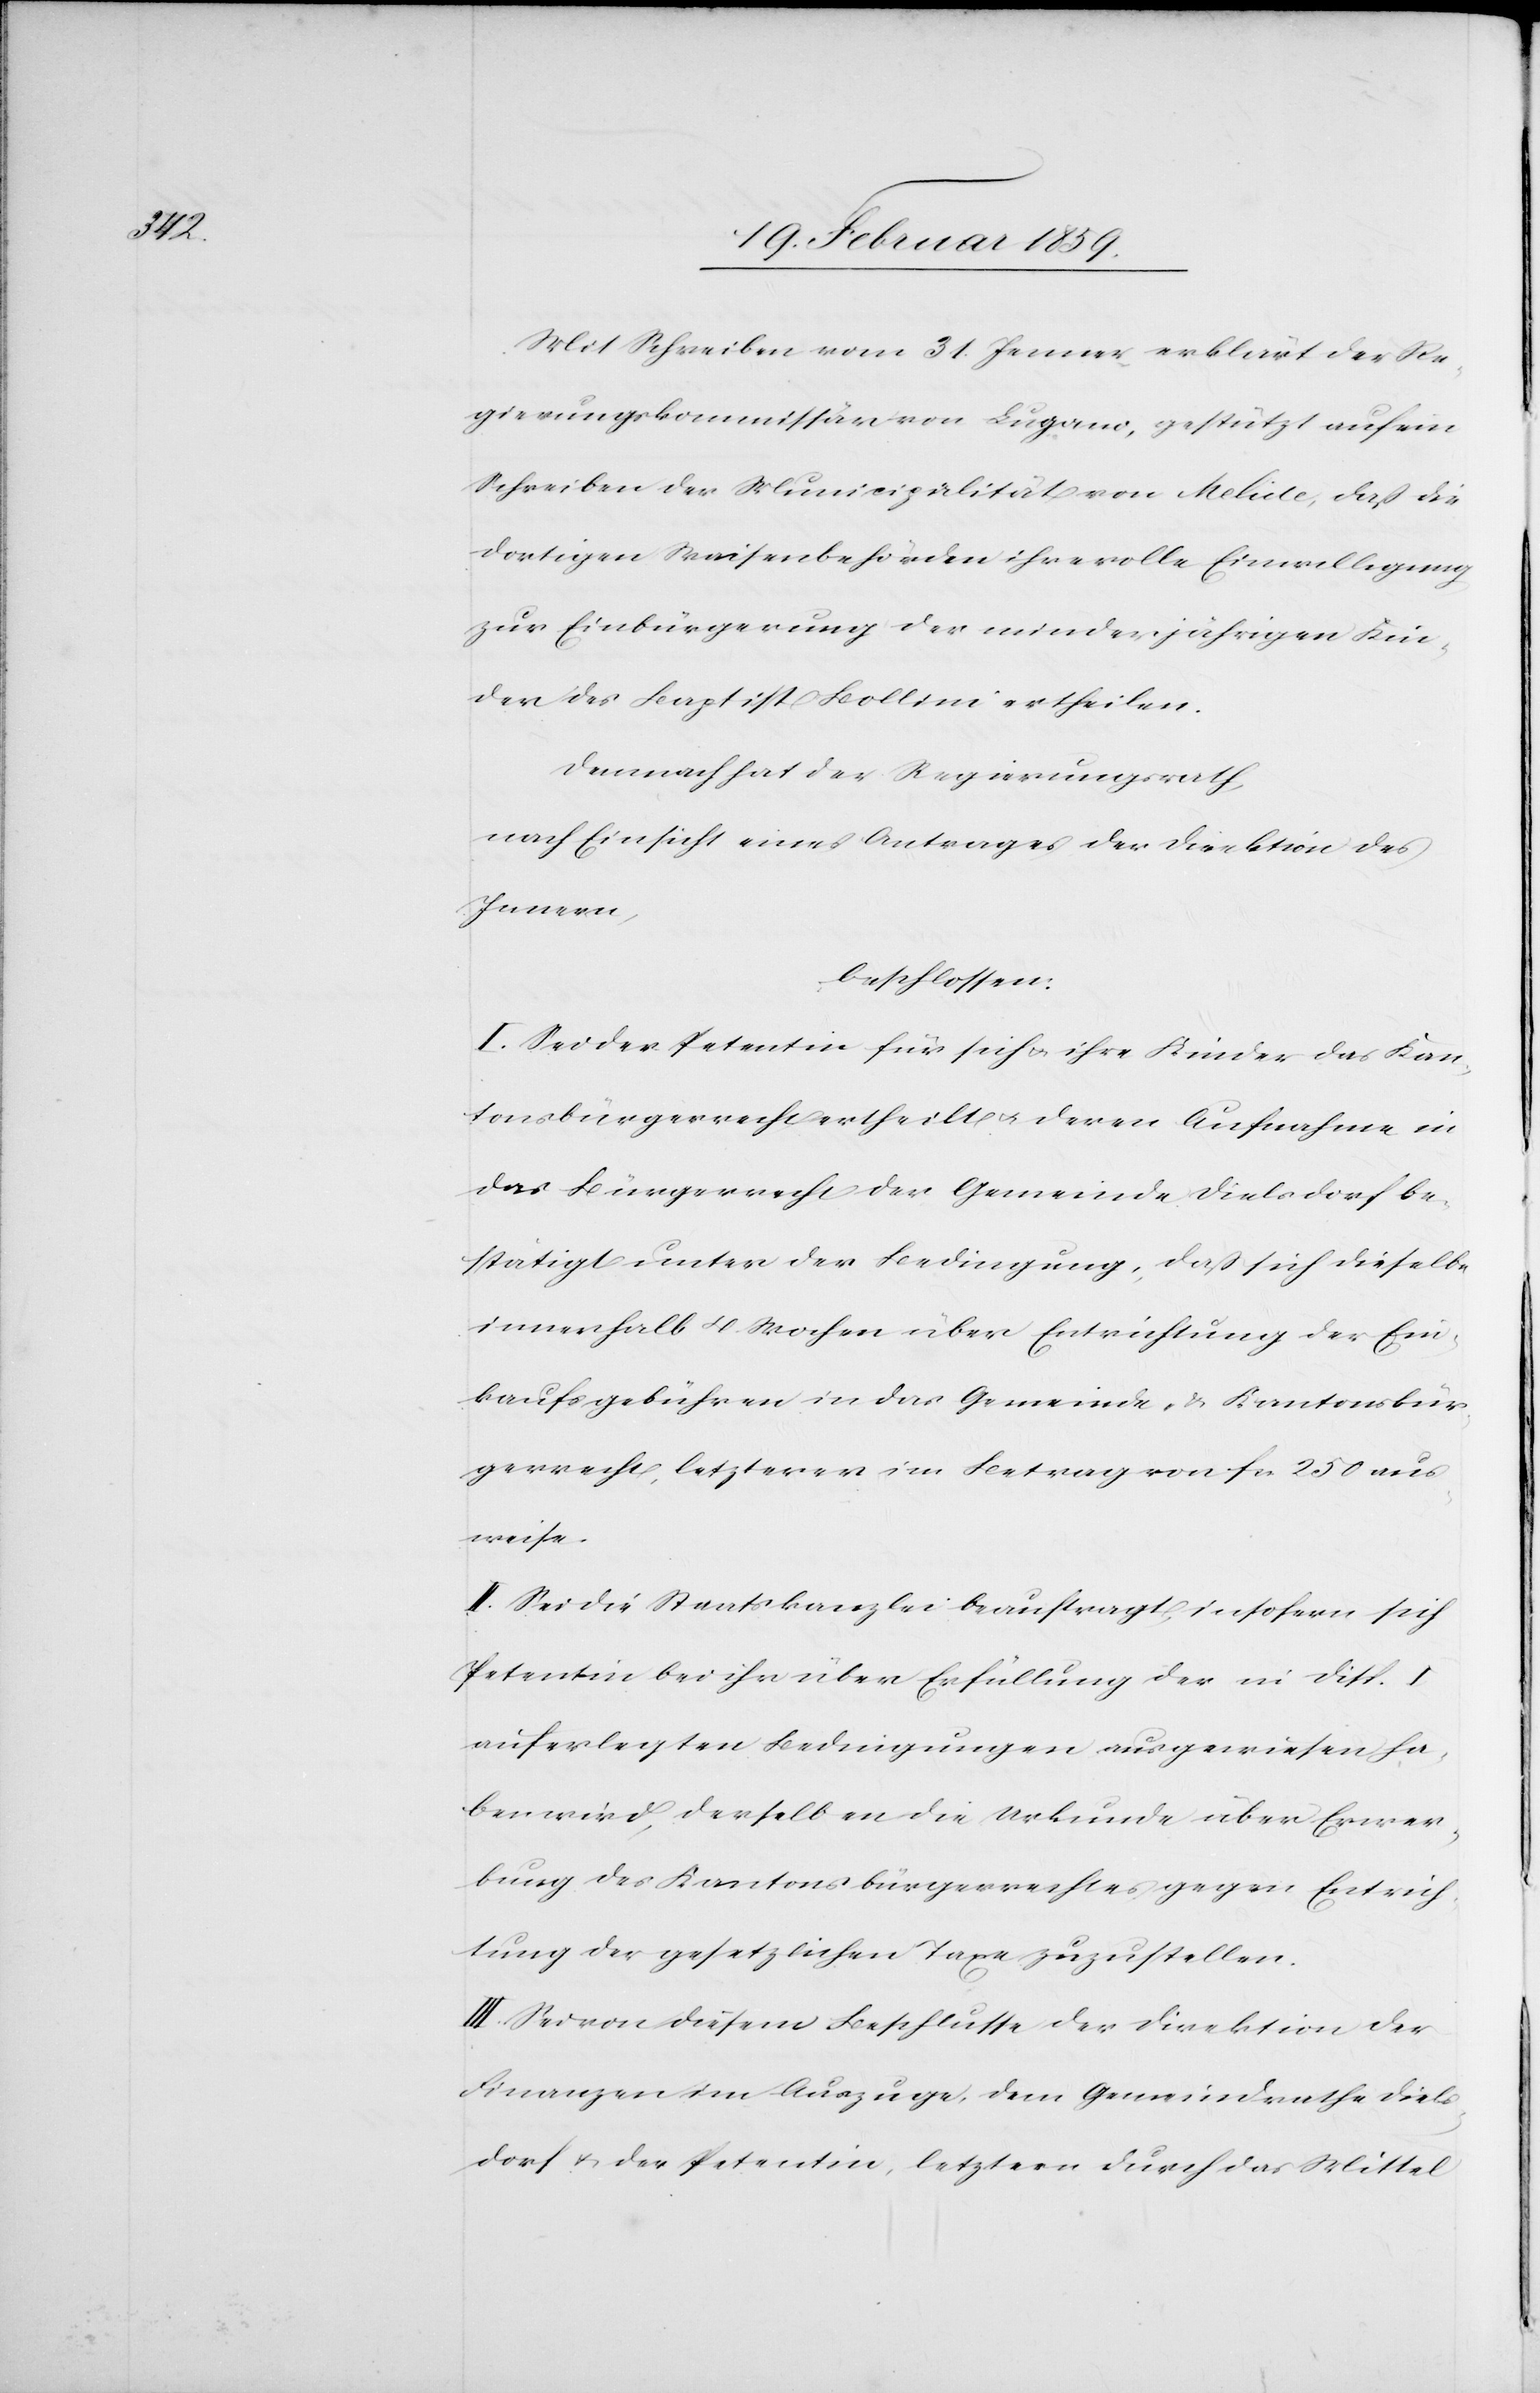
Mit Schreiben vom 31. Januar erklärt der Re¬
gierungskommissär von Lugano, gestützt auf ein
Schreiben der Municipalität von Melide, daß die
dortigen Weisenbehörden ihre volle Einwilligung
zur Einbürgerung der minderjährigen Kin¬
der des Baptist Bollini ertheilen.
Demnach hat der Regierungsrath,
nach Einsicht eines Antrages der Direktion des
Innern,
beschlossen:
I. Sei der Petentin für sich u. ihre Kinder das Kan¬
tonsbürgerrecht ertheilt u. deren Aufnahme in
das Bürgerrecht der Gemeinde Dielsdorf be¬
stätigt unter der Bedingung, daß sich dieselbe
innerhalb 4 Wochen über Entrichtung der Ein¬
kaufsgebühren in das Gemeinde- & Kantonsbür¬
gerrecht, letzterer im Betrag von fcs. 250 aus¬
weise.
II. Sei die Staatskanzlei beauftragt, insofern sich
Petentin bei ihr über Erfüllung der in Disp. I
auferlegten Bedingungen ausgewiesen ha¬
ben wird, derselben die Urkunde über Erwer¬
bung des Kantonsbürgerrechtes gegen Entrich¬
tung der gesetzlichen Taxe zuzustellen.
III. Sei von diesem Beschlusse der Direktion der
Finanzen im Auszuge, dem Gemeindrathe Diels¬
dorf u. der Petentin, letztern durch das Mittel